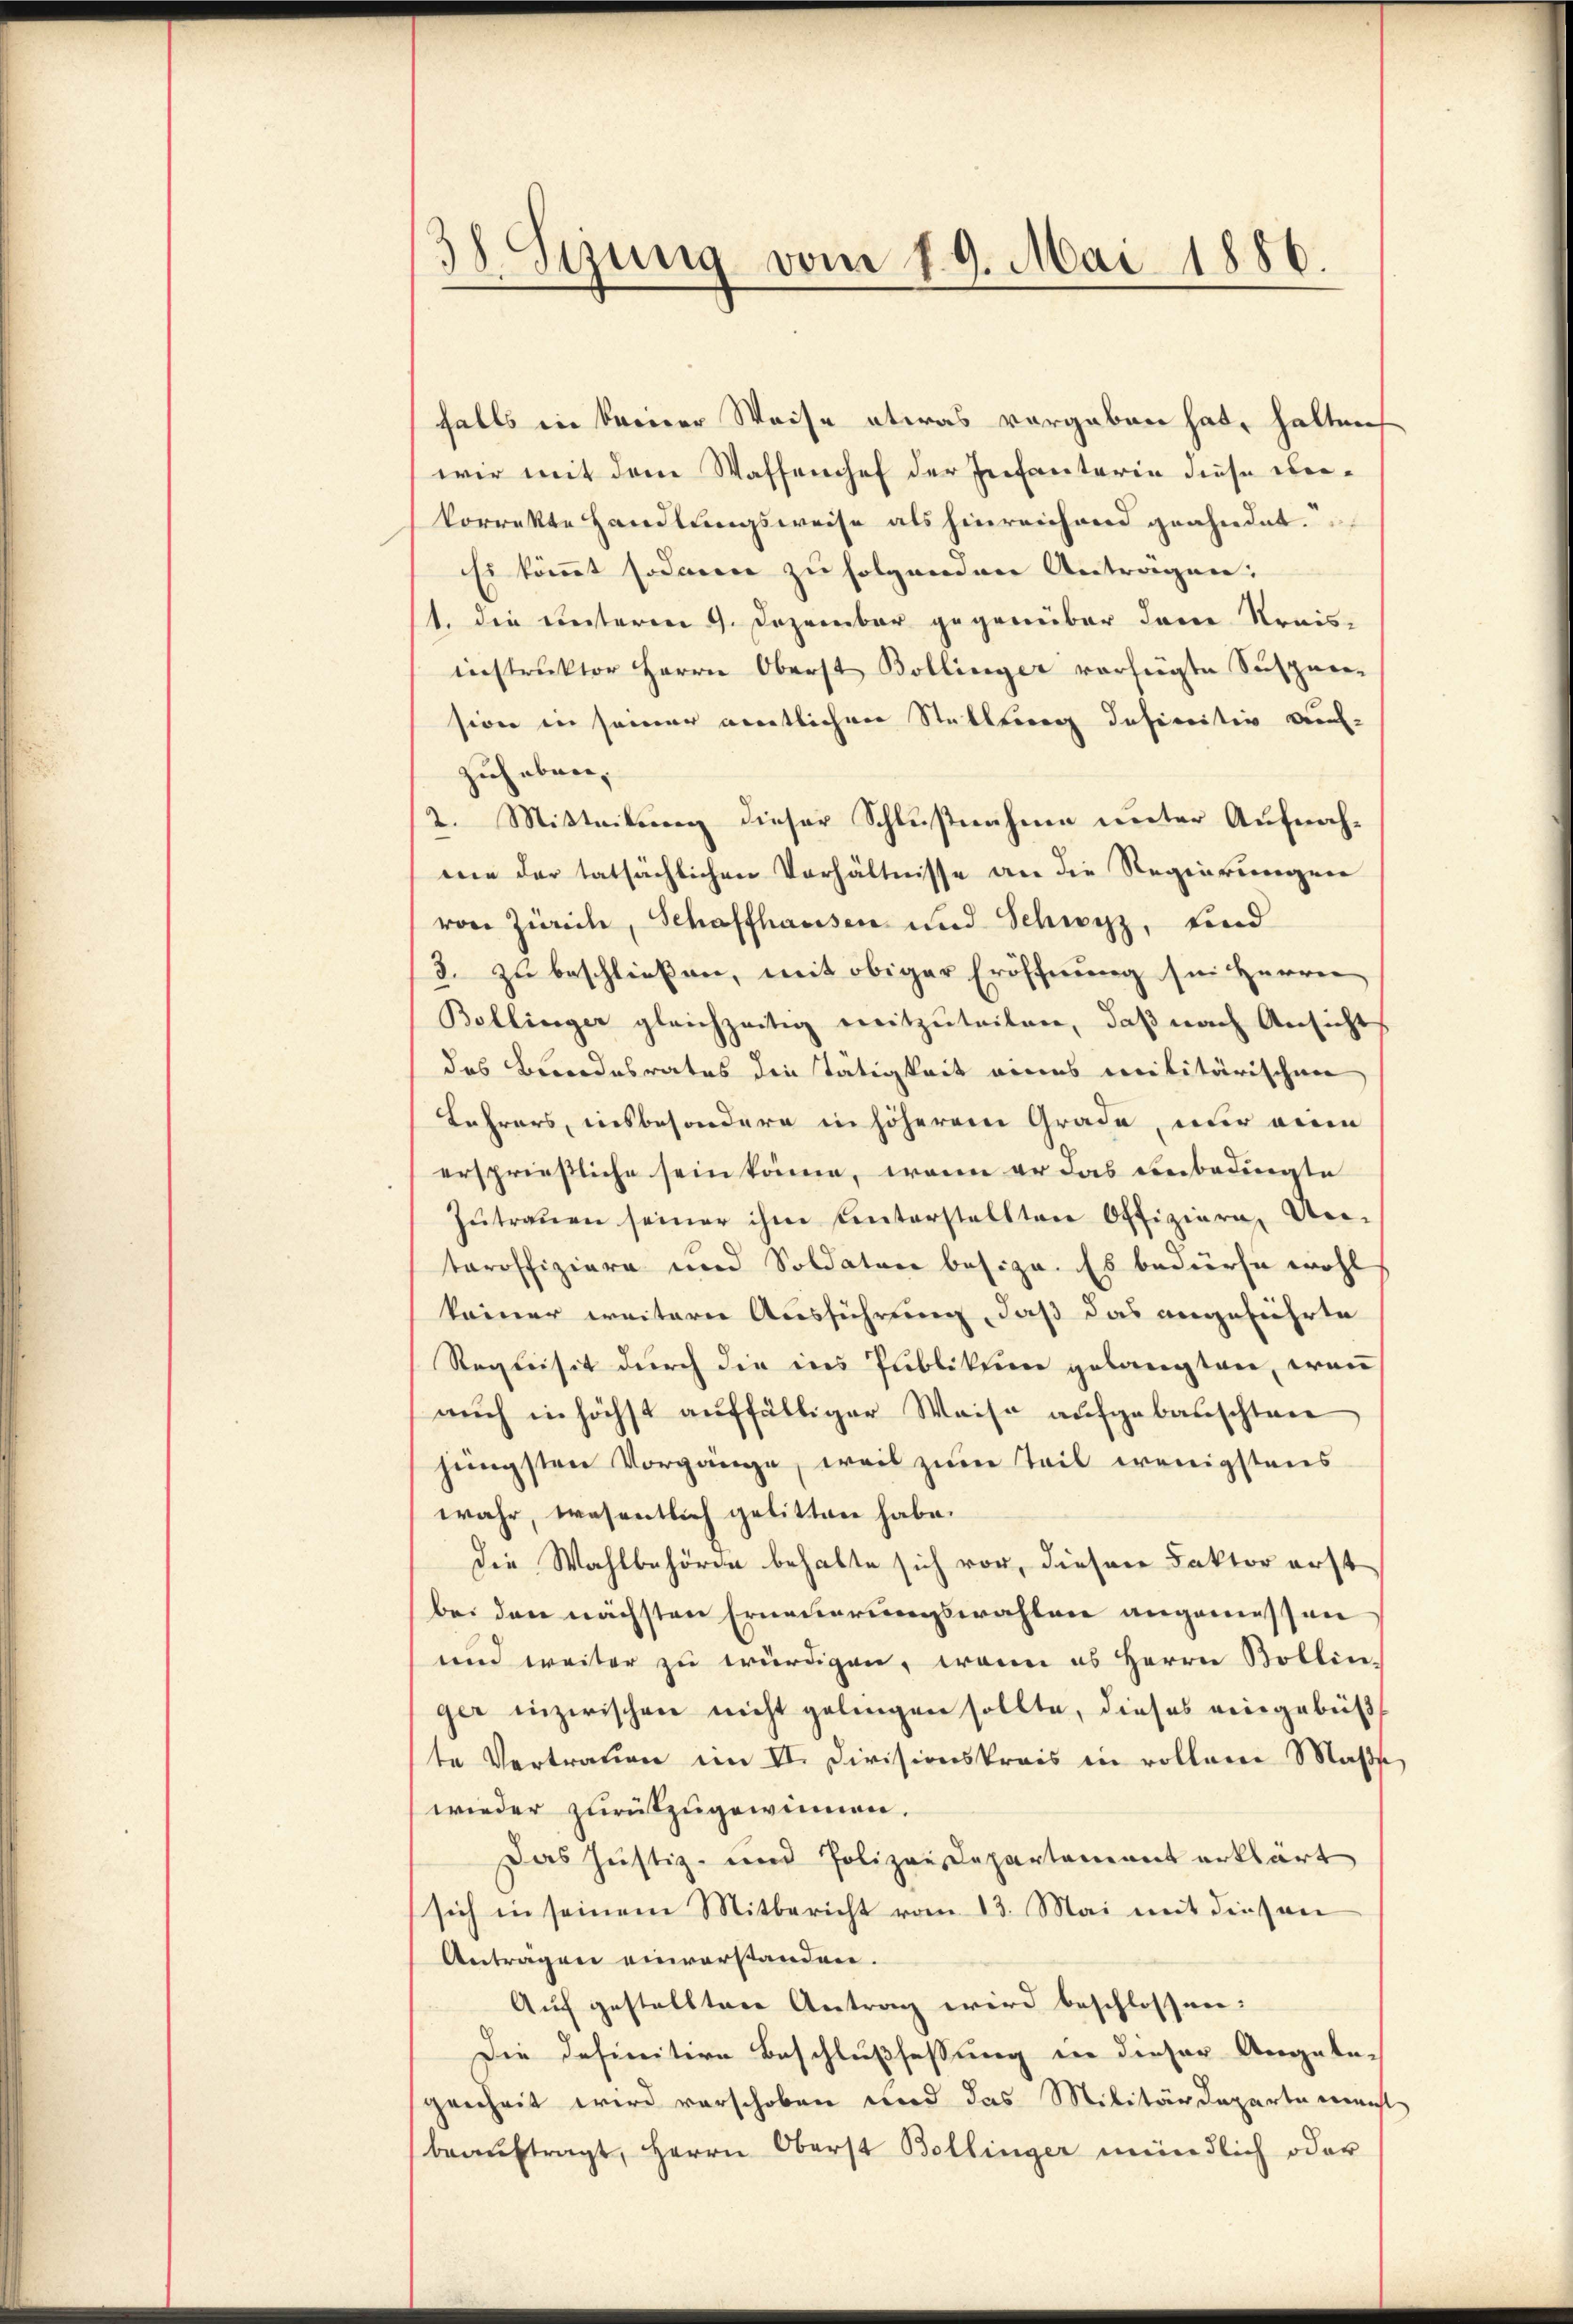
38. Sezung vom 19. Mai 1886.

falls in keiner Weise etwas vergeben hat, halten
wir mit dem Waffenhef der Infanterie diese Dekorrekte Handlungsweise als hinreichend geahndet.
Es kömmt sodann zu folgenden Antragen:
1. die unterm 9. Dezember gegenüber dene Krais-
instruktor Herrn Oberst Bollinger verfügte Suspen-
sion in seiner amentlichen Stellung definitiv auf-
zuheben.
2. Mitteilung dieser Schlußnahme unter Aufnahme der tatsächlichen Verhältnisse an die Regierungen
von Zürich, Schaffhausen und Schwyz, und
3. zu beschließen, mit obiger Eröffnung in Herrn
Bollinger gleichzeitig mitzŭteilen, daβ nach Ansicht
des Bundesrates die Tätigkeit eines militärischen
Lehrers, insbesondere in höherem Grade, nur ein
ersprießliche sein könne, wenn er das unbedingte
zŭtraŭen seiner ihm unterstellten Offiziere Un-
teroffiziere und Soldaten besize. Es bedürfe wohl
keiner weitern Ausführung, daß das angeführte
Requisit durch die ins Publikum gelangten, wenn
auch in höchst auffälliger Weise aufgebauschten
jüngsten Vorgänge, weil zum Teil wenigstens
wahr, wesentlich gelitten habe.
die Wahlbehörde behalte sich vor, dieser Faktor erst
bei den nächsten Erneuerungswahlen angemessen
und weiter zu würdigen, wenn es Herrn Bollin
ger inzwischen nicht gelingen sollte, dieses eingebet
te Vertrauen im VI. Divisionskrais in vollene Masse
wieder zurückzugewinnen.
Das Justiz- und Polizei Departement erklärt
sich in seinem Mitbericht vom 13. Mai mit diesen
Anträgen einverstanden.
Auf gestellten Antrag wird beschlossen:
Die definitive Beschlußfassung in dieser Angelegenheit wird verschoben und das Militärdepartement
beaŭftragt, Herrn Oberst Bollinger mündlich oder